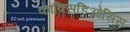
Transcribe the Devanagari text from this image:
कौक्सिडिओसिस